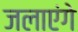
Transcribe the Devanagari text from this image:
जलाएंगे